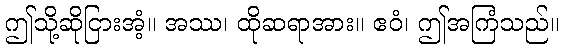
ဤသို့ဆိုငြားအံ့။ အဿ၊ ထိုဆရာအား။ ဧဝံ၊ ဤအကြံသည်။